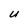
Character: U